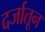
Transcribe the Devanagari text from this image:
दर्जातून